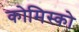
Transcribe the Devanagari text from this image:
कोमिस्को